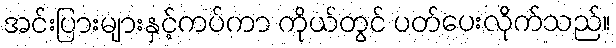
အင်းပြားများနှင့်ကပ်ကာ ကိုယ်တွင် ပတ်ပေးလိုက်သည်။